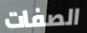
الصفات